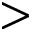
>